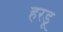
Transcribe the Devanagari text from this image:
हरडू